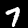
Label: 7